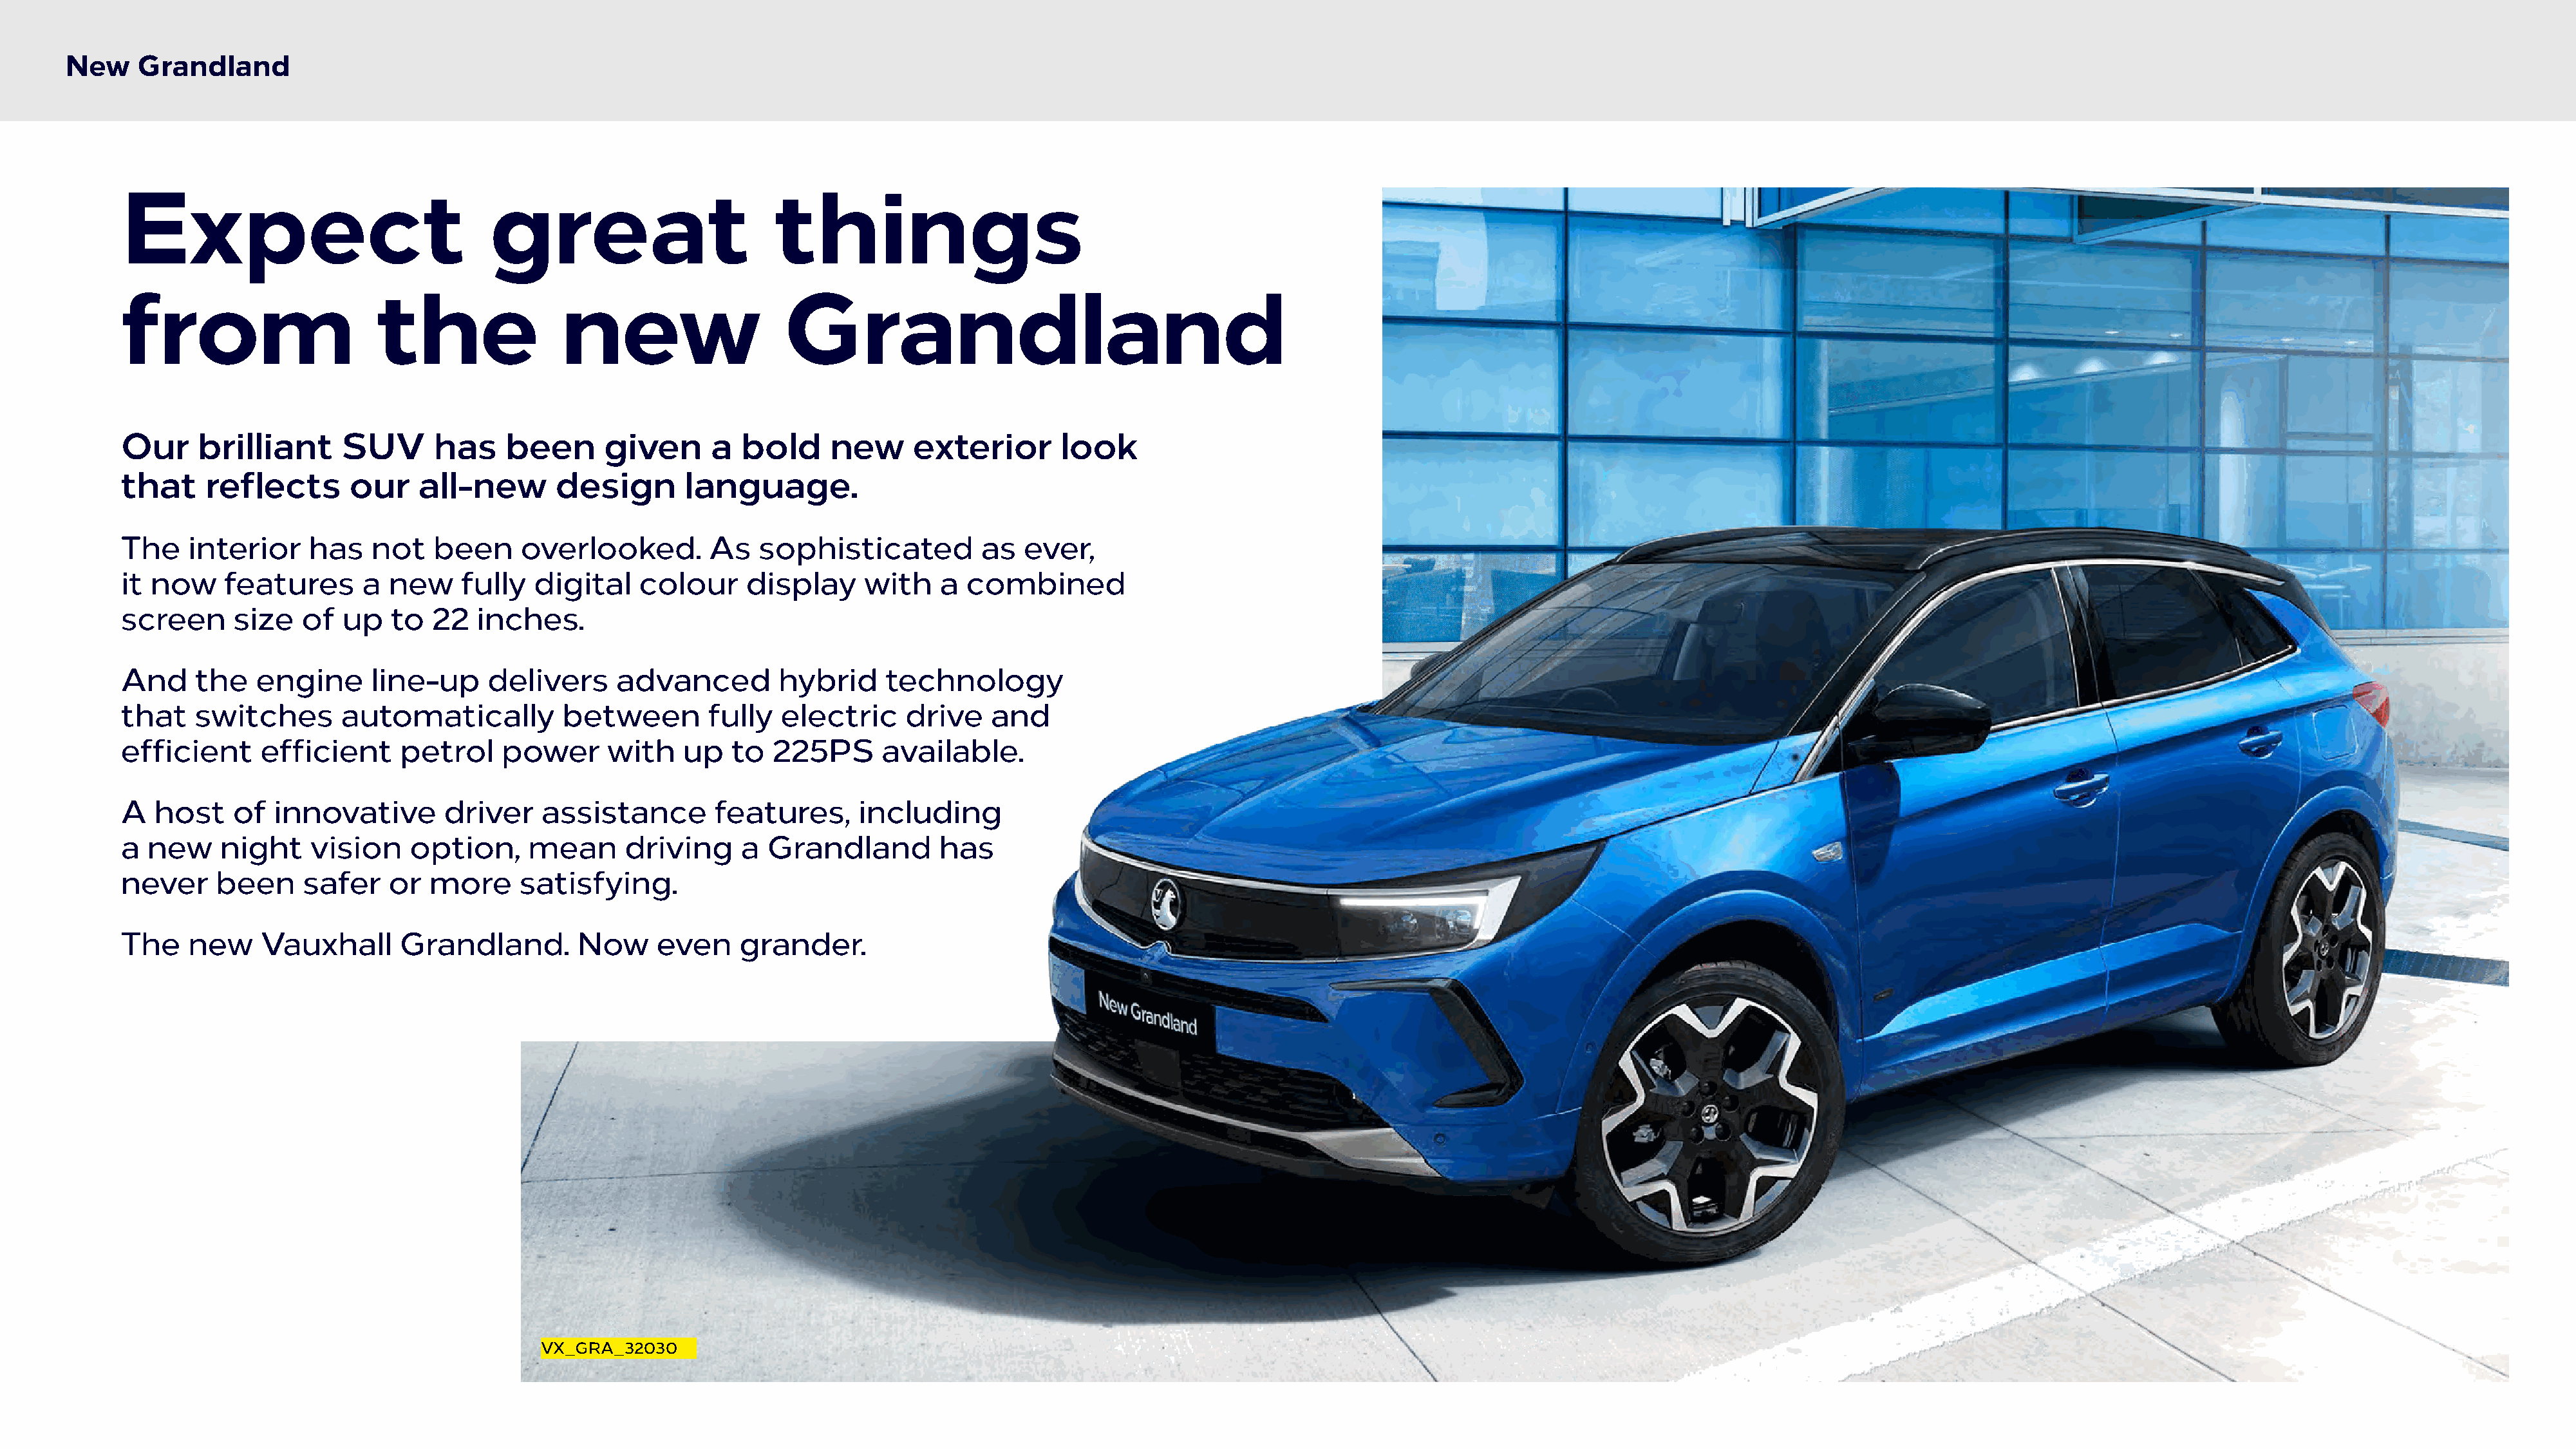
New    Grandland
 Expect                                great                         things
 from                       the                new                   Grandland
 Our     brilliant      SUV       has    been      given      a  bold     new      exterior       look
 that     reflects       our    all-new       design       language.
 The    interior     has   not    been     overlooked.        As   sophisticated          as  ever,
 it now     features      a  new    fully   digital    colour     display     with    a combined
 screen      size   of  up   to  22   inches.
 And     the   engine      line-up     delivers     advanced         hybrid     technology
 that    switches       automatically          between        fully  electric     drive    and
 efficient      efficient     petrol     power     with    up   to  225PS       available.
 A   host    of  innovative        driver    assistance       features,      including
 a  new     night    vision    option,     mean      driving     a  Grandland         has
 never     been     safer    or  more     satisfying.
 The    new     Vauxhall      Grandland.        Now     even     grander.
 VX_GRA_32030